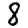
Digit: 8